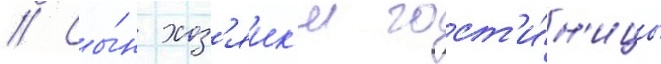
// Сы́н хоз'яик'и гост'и́н'ицы